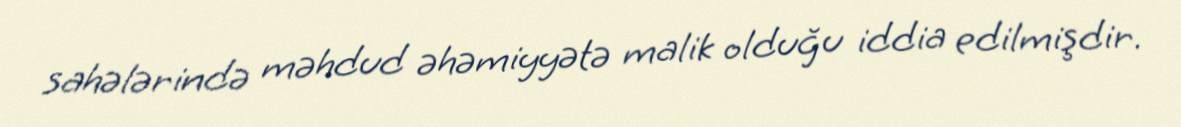
sahələrində məhdud əhəmiyyətə malik olduğu iddia edilmişdir.